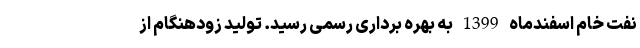
نفت خام اسفندماه 1399 به بهره برداری رسمی رسید. تولید زودهنگام از